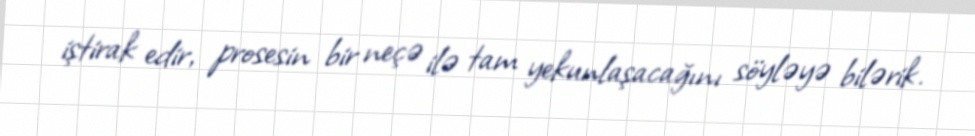
iştirak edir, prosesin bir neçə ilə tam yekunlaşacağını söyləyə bilərik.